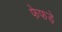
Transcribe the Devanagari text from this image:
फेफडे़